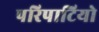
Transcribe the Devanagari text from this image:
परिपाटियो